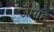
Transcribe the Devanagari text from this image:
जेमाह